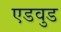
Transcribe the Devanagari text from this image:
एडवुड